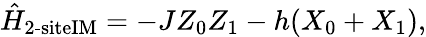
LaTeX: \hat{H}_{\textrm{2-siteIM}}=-JZ_{0}Z_{1}-h(X_{0}+X_{1}),